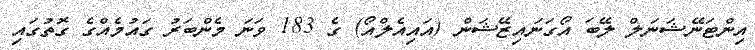
އިންޓަނޭޝަނަލް ލޭބަ އޯގަނައިޒޭޝަން (އައިއެލްއޯ) ގެ 183 ވަނަ މެންބަރު ގައުމެއްގެ ގޮތުގައި